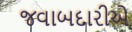
જવાબદારીએ